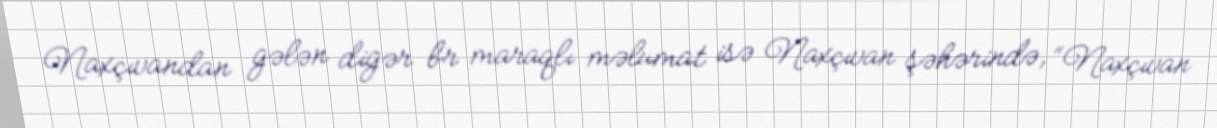
Naxçıvandan gələn digər br maraqlı məlumat isə Naxçıvan şəhərində, “Naxçıvan